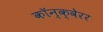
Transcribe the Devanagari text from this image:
कॉन्क्वेरर